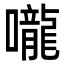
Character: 嚨